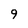
Character: 9